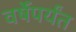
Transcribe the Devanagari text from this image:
वर्षेंपर्यंत